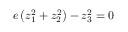
e \left( z _ { 1 } ^ { 2 } + z _ { 2 } ^ { 2 } \right) - z _ { 3 } ^ { 2 } = 0